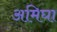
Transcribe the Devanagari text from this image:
अमिघा